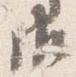
御